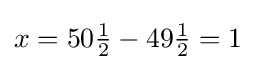
x=50{\tfrac {1}{2}}-49{\tfrac {1}{2}}=1